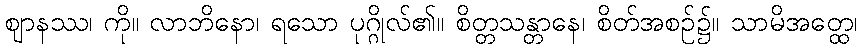
ဈာနဿ၊ ကို။ လာဘိနော၊ ရသော ပုဂ္ဂိုလ်၏။ စိတ္တသန္တာနေ၊ စိတ်အစဉ်၌။ သာမိအတ္ထေ၊